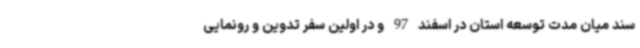
سند میان مدت توسعه استان در اسفند 97 و در اولین سفر تدوین و رونمایی